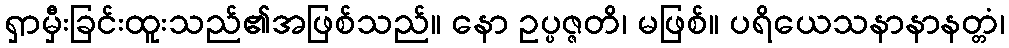
ရှာမှီးခြင်းထူးသည်၏အဖြစ်သည်။ နော ဥပ္ပဇ္ဇတိ၊ မဖြစ်။ ပရိယေသနာနာနတ္တံ၊